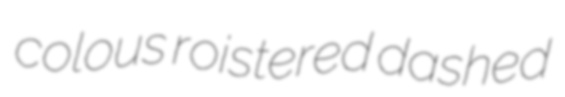
colous roistered dashed